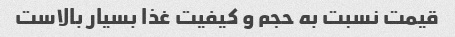
قیمت نسبت به حجم و کیفیت غذا بسیار بالاست